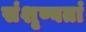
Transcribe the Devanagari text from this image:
संशृण्वतां